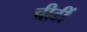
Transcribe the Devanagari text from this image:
चीटीं